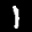
Label: 1